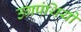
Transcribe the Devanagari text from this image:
उग्रपंथियों